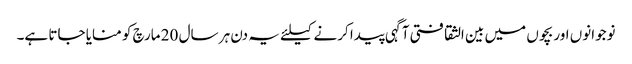
نوجوانوں اور بچوں میں بین الثقافتی آگہی پیدا کرنے کیلئے یہ دن ہر سال 20 مارچ کو منایا جاتا ہے۔